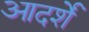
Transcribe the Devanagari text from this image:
आदर्शें